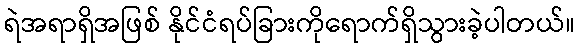
ရဲအရာရှိအဖြစ် နိုင်ငံရပ်ခြားကိုရောက်ရှိသွားခဲ့ပါတယ်။